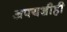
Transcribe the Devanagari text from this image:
अपयशीही